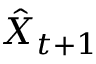
\hat { X } _ { t + 1 }